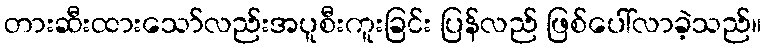
တားဆီးထားသော်လည်းအပူစီးကူးခြင်း ပြန်လည် ဖြစ်ပေါ်လာခဲ့သည်။